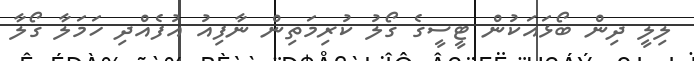
ލިލީ ދިން ބޯޅައަކުން ޓީސީގެ ގޯލު ކުރިމަތިން ނާފިއު އުފެއްދި ހަމަލާ ގޯލާ